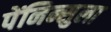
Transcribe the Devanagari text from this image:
पेंनिन्सुला